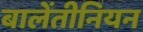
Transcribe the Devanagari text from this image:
बालेंतीनियन